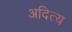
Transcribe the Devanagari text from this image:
अदित्य